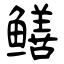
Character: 鳝